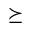
\succeq